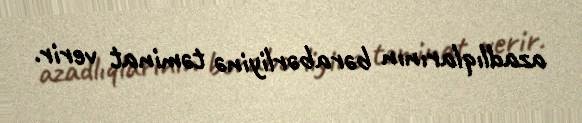
azadlıqlarının bərabərliyinə təminat verir.